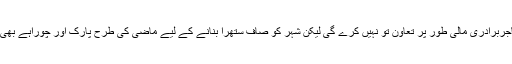
چیئرمین بی ایم جی نے کہاکہ تاجربرادری مالی طور پر تعاون تو نہیں کرے گی لیکن شہر کو صاف ستھرا بنانے کے لیے ماضی کی طرح پارک اور چوراہے بھی گود لینے پر غور کرسکتی ہے۔